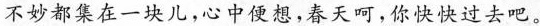
不妙都集在一块儿，心中便想，春天呵，你快快过去吧。